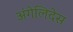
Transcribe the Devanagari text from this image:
अंगेलिदेस